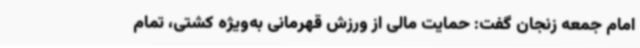
امام جمعه زنجان گفت: حمایت مالی از ورزش قهرمانی به‌ویژه کشتی، تمام